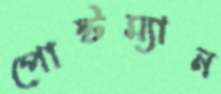
পোস্টম্যান